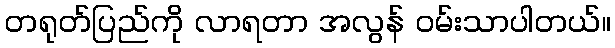
တရုတ်ပြည်ကို လာရတာ အလွန် ဝမ်းသာပါတယ်။